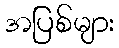
အပြစ်များ